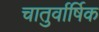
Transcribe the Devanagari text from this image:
चातुर्वार्षिक